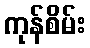
ကုန်စိမ်း